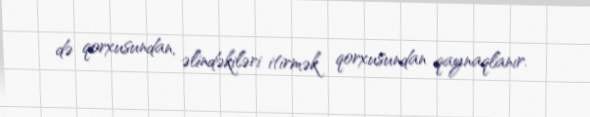
də qorxusundan, əlindəkiləri itirmək qorxusundan qaynaqlanır.